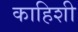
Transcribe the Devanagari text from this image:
काहिशी